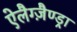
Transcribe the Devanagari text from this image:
ऐलैग्ज़ैण्ड्रा